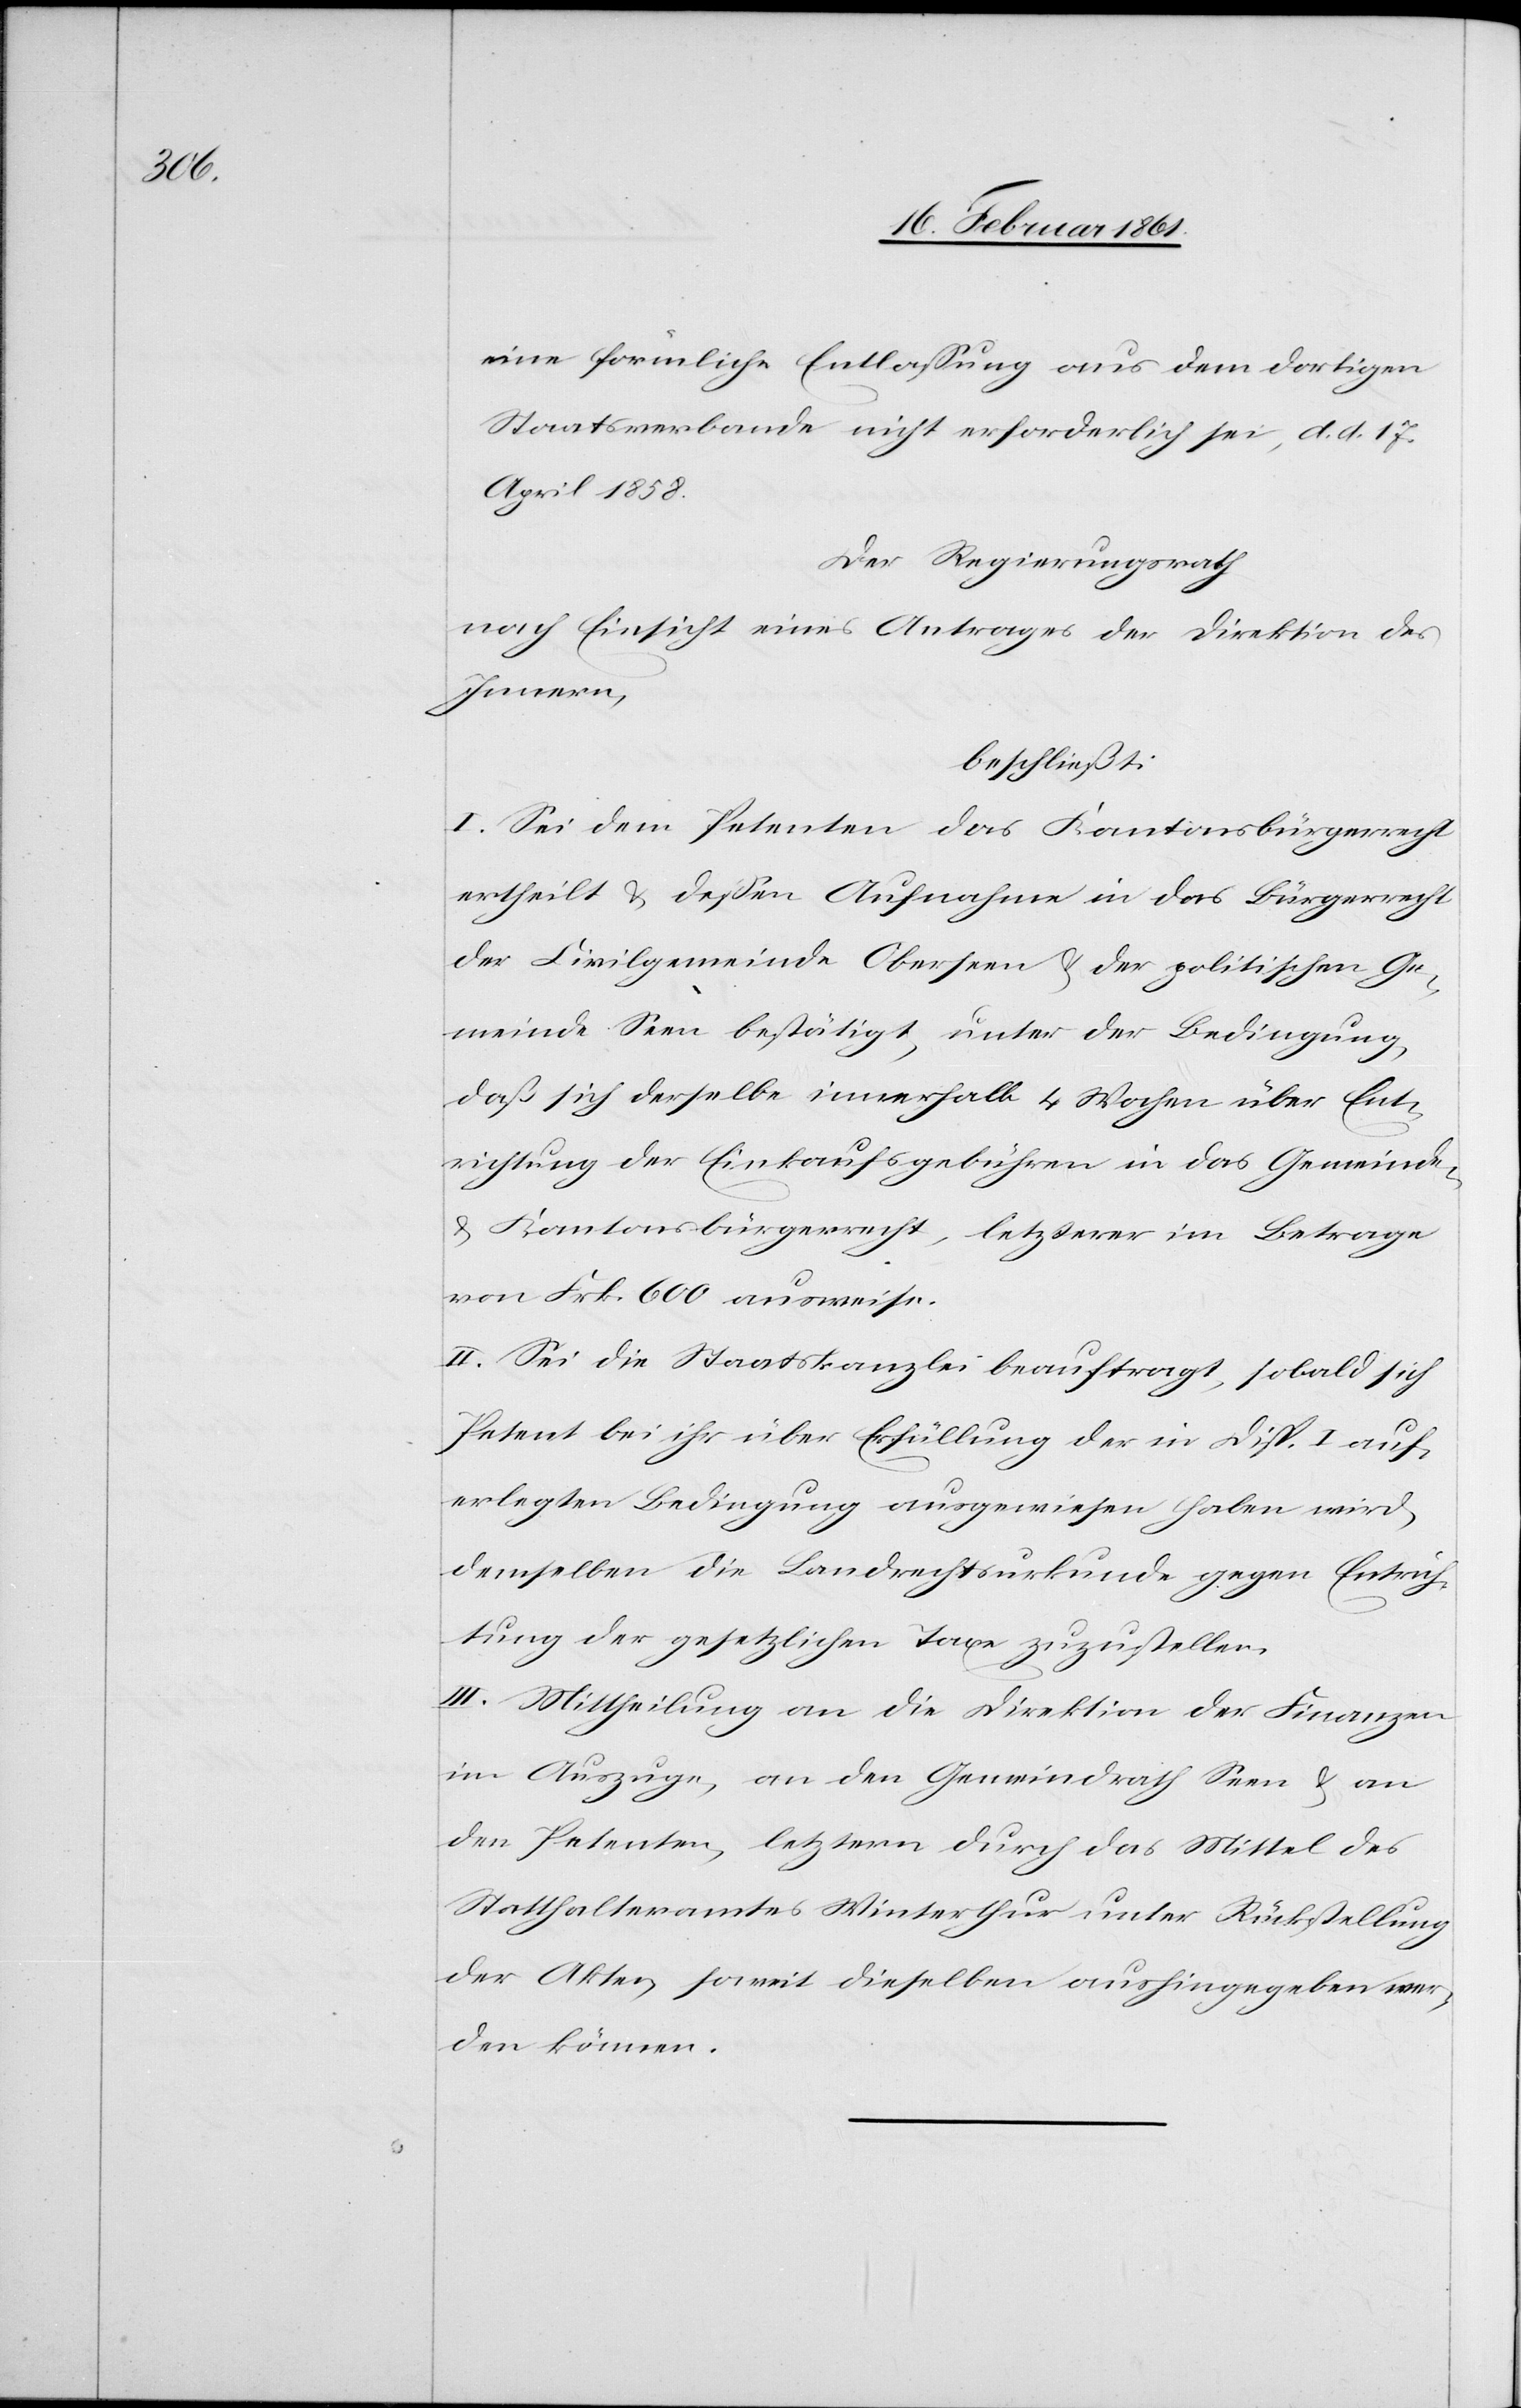
eine förmliche Entlassung aus dem dortigen
Staatsverbande nicht erforderlich sei, d. d. 17.
April 1858.
Der Regierungsrath
nach Einsicht eines Antrages der Direktion des
Innern,
beschließt:
I. Sei dem Petenten das Kantonsbürgerrecht
ertheilt u. dessen Aufnahme in das Bürgerrecht
der Civilgemeinde Oberseen u. der politischen Ge¬
meinde Seen bestätigt, unter der Bedingung,
daß sich derselbe innerhalb 4 Wochen über Ent¬
richtung der Einkaufsgebühren in das Gemeinde-
u. Kantonsbürgerrecht, letzterer im Betrage
von Frk. 600 ausweise.
II. Sei die Staatskanzlei beauftragt, sobald sich
Petent bei ihr über Erfüllung der in Disp. I auf¬
erlegten Bedingung ausgewiesen haben wird,
demselben die Landrechtsurkunde gegen Entrich¬
tung der gesetzlichen Taxe zuzustellen.
III. Mittheilung an die Direktion der Finanzen
im Auszuge, an den Gemeindrath Seen u. an
den Petenten, letzterm durch das Mittel des
Statthalteramtes Winterthur unter Rückstellung
der Akten, soweit dieselben aushingegeben wer¬
den können.